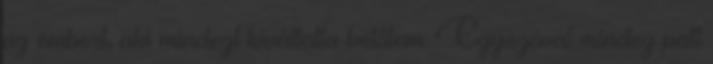
az embert, aki mindezt kiváltotta belőlem. Egyszóval mindez patt